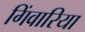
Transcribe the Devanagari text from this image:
गिंवारिया